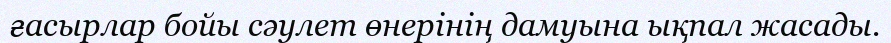
ғасырлар бойы сәулет өнерінің дамуына ықпал жасады.